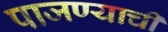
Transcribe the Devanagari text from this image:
पाजण्याची